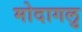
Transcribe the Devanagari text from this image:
मोदागलु